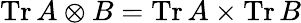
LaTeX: \operatorname{Tr}A\otimes B=\operatorname{Tr}A\times\operatorname{Tr}B